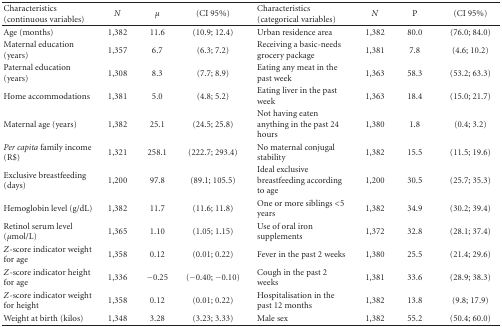
<table><thead><tr><td><b>Characteristics (continuous variables)</b></td><td><b><i>N</i></b></td><td><b><i>μ</i></b></td><td><b>(CI 95%)</b></td><td><b>Characteristics (categorical variables)</b></td><td><b><i>N</i></b></td><td><b>P</b></td><td><b>(CI 95%)</b></td></tr></thead><tbody><tr><td>Age (months)</td><td>1,382</td><td>11.6</td><td>(10.9; 12.4)</td><td>Urban residence area</td><td>1,382</td><td>80.0</td><td> (76.0; 84.0)</td></tr><tr><td>Maternal education (years)</td><td>1,357</td><td>6.7</td><td>(6.3; 7.2)</td><td>Receiving a basic-needs grocery package</td><td>1,381</td><td>7.8</td><td>(4.6; 10.2)</td></tr><tr><td>Paternal education (years)</td><td>1,308</td><td>8.3</td><td>(7.7; 8.9)</td><td>Eating any meat in the past week</td><td>1,363</td><td>58.3</td><td>(53.2; 63.3)</td></tr><tr><td>Home accommodations</td><td>1,381</td><td>5.0</td><td>(4.8; 5.2)</td><td>Eating liver in the past week</td><td>1,363</td><td>18.4</td><td>(15.0; 21.7)</td></tr><tr><td>Maternal age (years)</td><td>1,382</td><td>25.1</td><td>(24.5; 25.8)</td><td>Not having eaten anything in the past 24 hours</td><td>1,380</td><td>1.8</td><td>(0.4; 3.2)</td></tr><tr><td><i>Per capita</i> family income (R$)</td><td>1,321</td><td>258.1</td><td>(222.7; 293.4)</td><td>No maternal conjugal stability</td><td>1,382</td><td>15.5</td><td>(11.5; 19.6)</td></tr><tr><td>Exclusive breastfeeding (days)</td><td>1,200</td><td>97.8</td><td>(89.1; 105.5)</td><td>Ideal exclusive breastfeeding according to age</td><td>1,200</td><td>30.5</td><td>(25.7; 35.3)</td></tr><tr><td>Hemoglobin level (g/dL)</td><td>1,382</td><td>11.7</td><td>(11.6; 11.8)</td><td>One or more siblings &lt;5 years</td><td>1,382</td><td>34.9</td><td>(30.2; 39.4)</td></tr><tr><td>Retinol serum level (<i><i>μ</i></i>mol/L)</td><td>1,365</td><td>1.10</td><td>(1.05; 1.15)</td><td>Use of oral iron supplements</td><td>1,372</td><td>32.8</td><td>(28.1; 37.4)</td></tr><tr><td><i>Z</i>-score indicator weight for age</td><td>1,358</td><td>0.12</td><td>(0.01; 0.22)</td><td>Fever in the past 2 weeks</td><td>1,380</td><td>25.5</td><td>(21.4; 29.6)</td></tr><tr><td><i>Z</i>-score indicator height for age</td><td>1,336</td><td>−0.25</td><td>(−0.40; −0.10)</td><td>Cough in the past 2 weeks</td><td>1,381</td><td>33.6</td><td>(28.9; 38.3)</td></tr><tr><td><i>Z</i>-score indicator weight for height</td><td>1,358</td><td>0.12</td><td>(0.01; 0.22)</td><td>Hospitalisation in the past 12 months</td><td>1,382</td><td>13.8</td><td>(9.8; 17.9)</td></tr><tr><td>Weight at birth (kilos)</td><td>1,348</td><td>3.28</td><td>(3.23; 3.33)</td><td>Male sex</td><td>1,382</td><td>55.2</td><td>(50.4; 60.0)</td></tr></tbody></table>